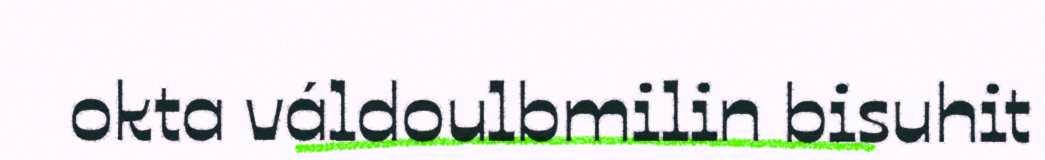
okta váldoulbmilin bisuhit